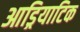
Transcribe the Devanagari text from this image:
आड्रियाटिक